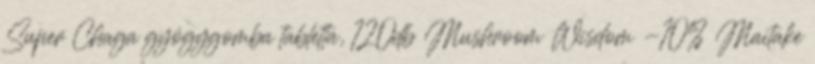
Super Chaga gyógygomba tabletta, 120db Mushroom Wisdom -10% Maitake